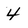
Character: 4